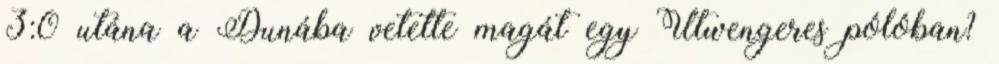
3:0 utána a Dunába vetette magát egy Utwengeres pólóban?